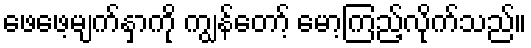
ဖေဖေ့မျက်နှာကို ကျွန်တော့် မော့ကြည့်လိုက်သည်။